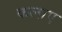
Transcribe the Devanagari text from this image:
कलाए